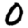
Digit: 0